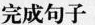
完成句子